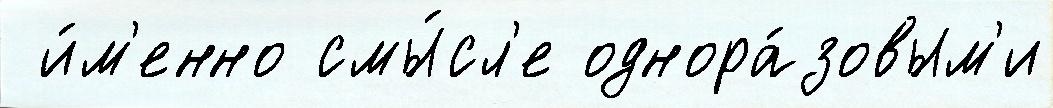
 и́м'енно смы́сл'е однора́зовым'и